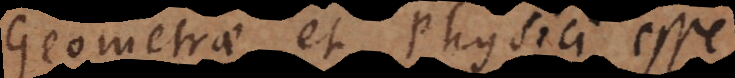
Geometrae et Physici esse